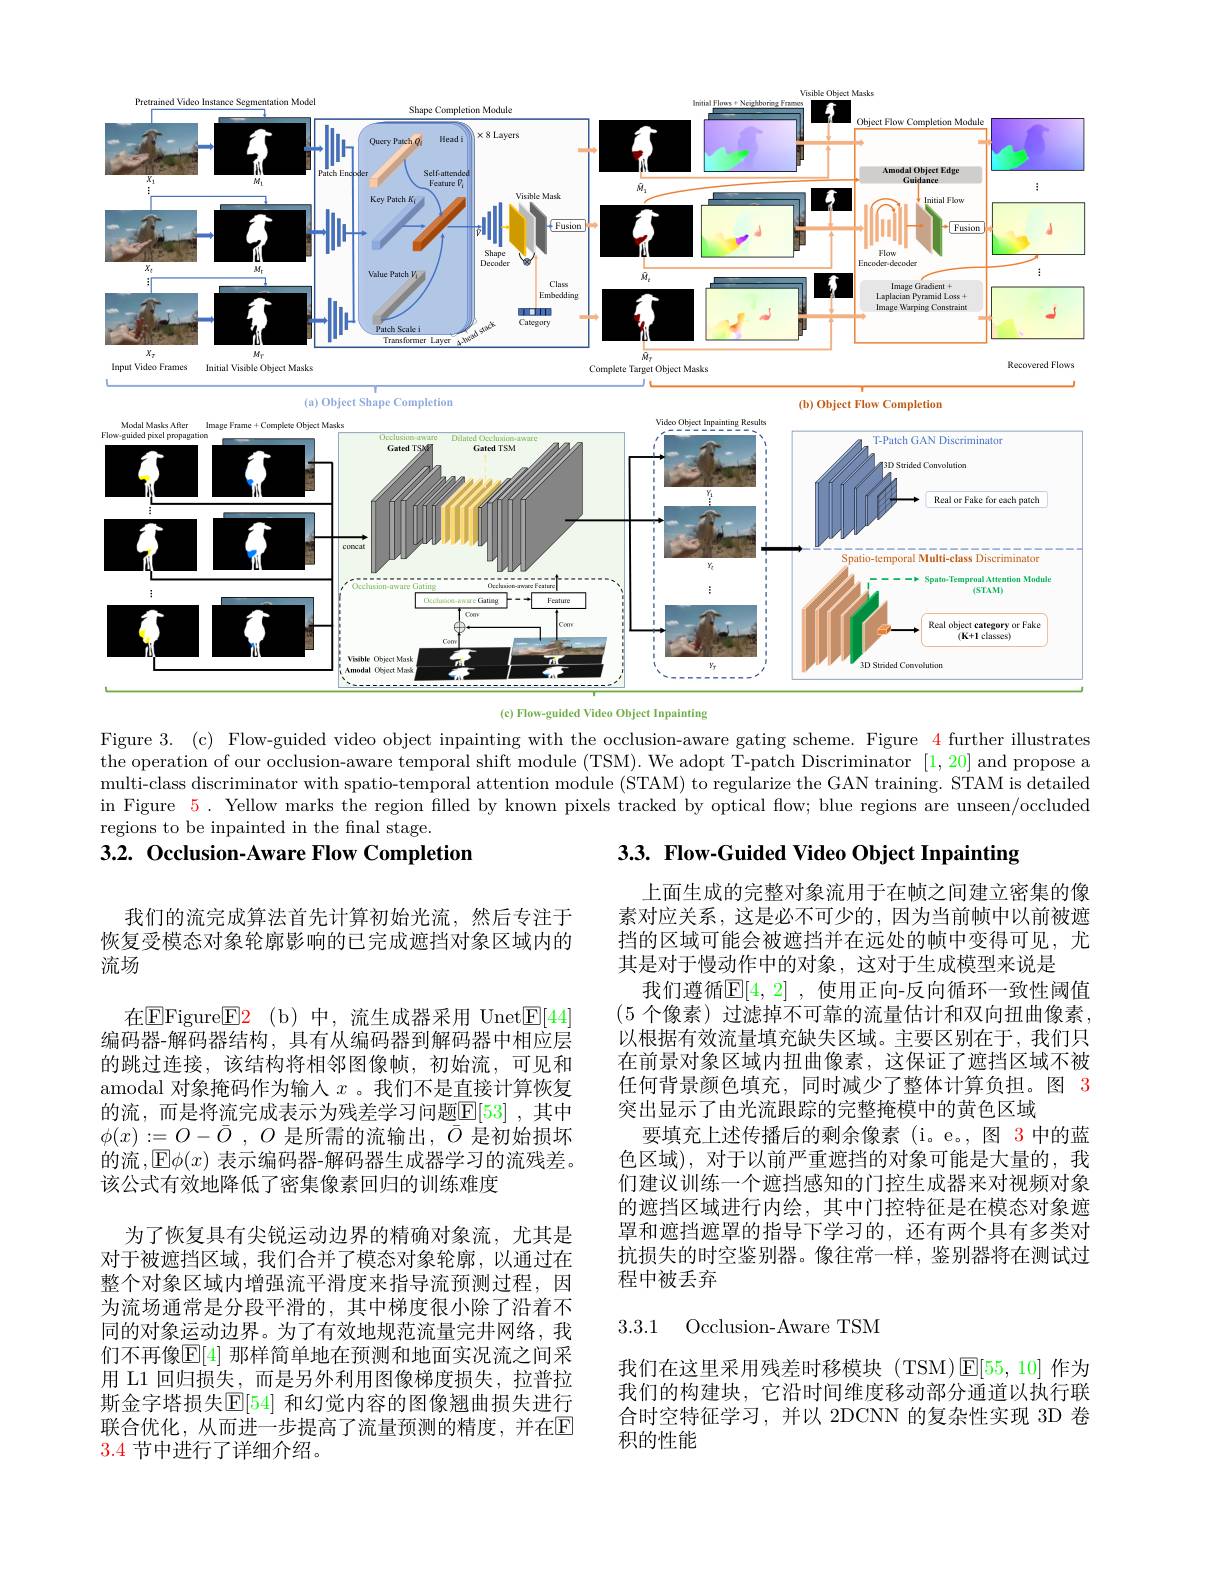
<FigureHere>
(c) Flow-guided Video Object Inpainting

Figure 3. (c) Flow-guided video object inpainting with the occlusion-aware gating scheme. Figure 4 further illustrates the operation of our occlusion-aware temporal shift module (TSM). We adopt T-patch Discriminator [1,20] and propose multi-class discriminator with spatio-temporal attention module (STAM) to regularize the GAN training. STAM is detailed regions to be inpainted in the final stage.
3.2. Occlusion-Aware Flow Completion
3.3. Flow-Guided Video Object Inpainting

我们的流完成算法首先计算初始光流，然后专注于恢复受模态对象轮廓影响的已完成遮挡对象区域内的流场

上面生成的完整对象流用于在帧之间建立密集的像素对应关系，这是必不可少的，因为当前帧中以前被遮挡的区域可能会被遮挡并在远处的帧中变得可见，尤其是对于慢动作中的对象，这对于生成模型来说是
我们遵循$\mathbb{E}[4,2]$ ,使用正向-反向循环一致性阈值(5个像素) 过滤掉不可靠的流量估计和双向扭曲像素， 以根据有效流量填充缺失区域。主要区别在于，我们只在前景对象区域内扭曲像素，这保证了遮挡区域不被任何背景颜色填充，同时减少了整体计算负担。图 3突出显示了由光流跟踪的完整掩模中的黄色区域
要填充上述传播后的剩余像素 (i。e。,图 3 中的蓝色区域),对于以前严重遮挡的对象可能是大量的，我们建议训练一个遮挡感知的门控生成器来对视频对象的遮挡区域进行内绘，其中门控特征是在模态对象遮罩和遮挡遮罩的指导下学习的，还有两个具有多类对抗损失的时空鉴别器。像往常一样，鉴别器将在测试过程中被丢弃

在$\boxed{\mathrm{Figure}}\boxed{\mathrm{F2}}$ (b)中，流生成器采用 Unet$\boxed{\mathrm{E}}[44]$ 编码器-解码器结构，具有从编码器到解码器中相应层的跳过连接，该结构将相邻图像帧，初始流，可见和amodal 对象掩码作为输人$x$ 。我们不是直接计算恢复的流，而是将流完成表示为残差学习问题$\underline{\mathbb{F}}[53]$ ,其中$\phi ( x) : = O- \bar{O}$ , $O$ 是所需的流输出$,\bar{O}$ 是初始损坏的流，E$\phi(x)$ 表示编码器-解码器生成器学习的流残差。该公式有效地降低了密集像素回归的训练难度

为了恢复具有尖锐运动边界的精确对象流，尤其是对于被遮挡区域，我们合并了模态对象轮廓，以通过在整个对象区域内增强流平滑度来指导流预测过程，因为流场通常是分段平滑的，其中梯度很小除了沿着不同的对象运动边界。为了有效地规范流量完井网络，我们不再像$\boxed{\mathrm{E}}[4]$ 那样简单地在预测和地面实况流之间采用 L1 回归损失，而是另外利用图像梯度损失，拉普拉斯金字塔损失$\mathbb{E}[54]$ 和幻觉内容的图像翘曲损失进行联合优化，从而进一步提高了流量预测的精度，并在$\mathbb{E}$ 3.4节中进行了详细介绍。

3.3.1 Occlusion-Aware TSM

我们在这里采用残差时移模块(TSM)$\mathbb{E}[55,10]$作为我们的构建块，它沿时间维度移动部分通道以执行联合时空特征学习，并以 2DCNN 的复杂性实现 3D 卷积的性能